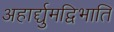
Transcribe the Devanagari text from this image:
अहार्द्द्युमद्विभाति